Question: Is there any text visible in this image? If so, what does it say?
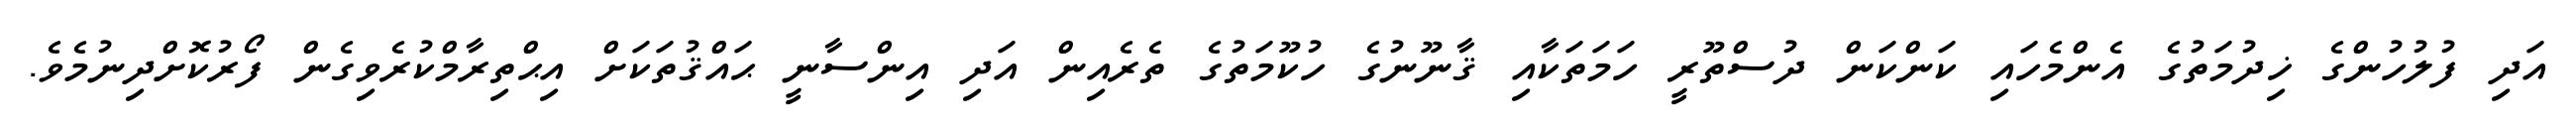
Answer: އަދި ފުލުހުންގެ ޚިދުމަތުގެ އެންމެހައި ކަންކަން ދުސްތޫރީ ހަމަތަކާއި ޤާނޫނުގެ ހުކޫމަތުގެ ތެރެއިން އަދި އިންސާނީ ޙައްޤުތަކަށް އިޙްތިރާމްކުރެވިގެން ފޯރުކޮށްދިނުމެވެ.